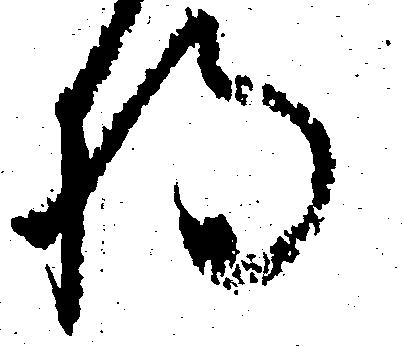
将